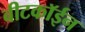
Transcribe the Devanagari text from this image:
बीटकॉईन